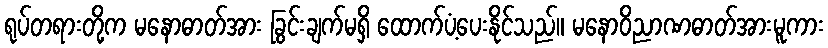
ရုပ်တရားတို့က မနောဓာတ်အား ခြွင်းချက်မရှိ ထောက်ပံ့ပေးနိုင်သည်။ မနောဝိညာဏဓာတ်အားမူကား